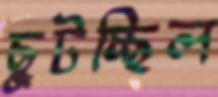
ছুটচ্ছিল